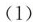
（1）